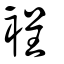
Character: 裎